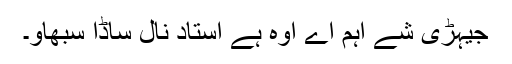
جیہڑی شے اہم اے اوہ ہے استاد نال ساڈا سبھاو۔